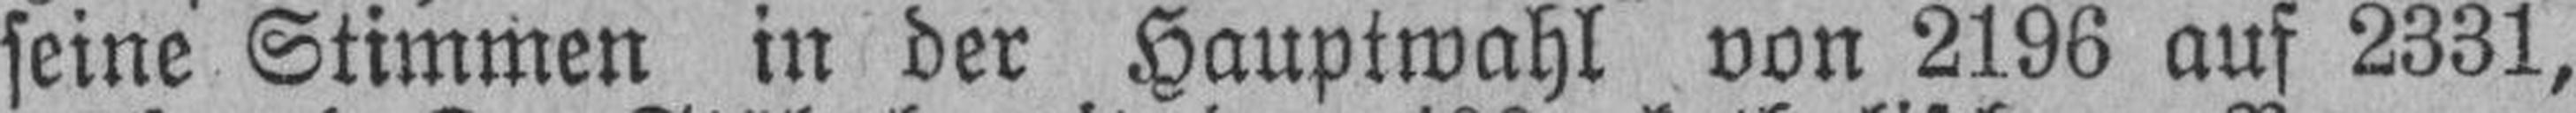
seine Stimmen in der Hauptwahl von 2196 auf 2331,